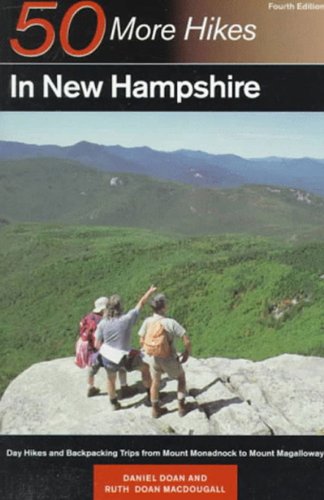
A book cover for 50 More Hikes in New Hampshire: Day Hikes and Backpacking Trips from Mount Monadnock to Mount Magalloway; Daniel Doan; Travel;